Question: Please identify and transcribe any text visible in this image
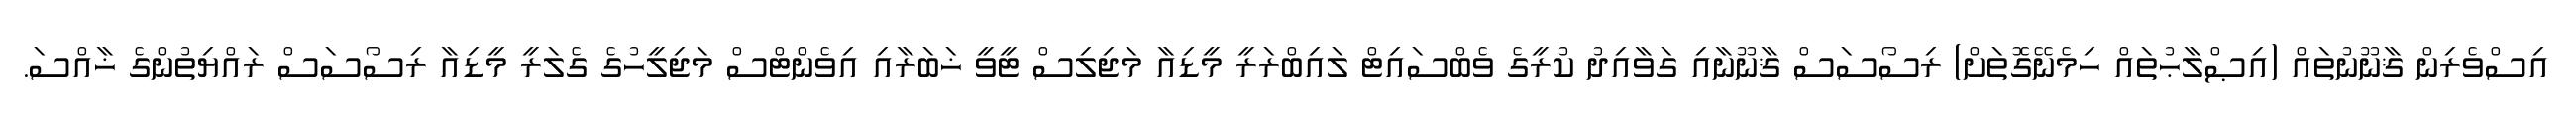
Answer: އިސްވެރިން ޤާނޫނުތައް (އިޞްލާޙުތައް ހިމެނޭގޮތަށް) ރިސޯސަސް ޤާނޫނާއި ގަވާއިދު ކުރީގެ ވެބްސައިޓް ލައިބްރަރީ މީޑިއާ މަޖިލިސް ޓީވީ ޚަބަރާއި އިވެންޓްސް މަޖިލީހުގެ ގެލަރީ މީޑިއާ ރިސޯސަސް ރައްޔިތުންގެ ޚާއްސަ.